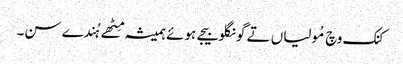
کنک وچ مُولیاں تے گونگلو بیجے ہوئے ہمیشہ مِٹھے ہُندے سن۔